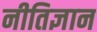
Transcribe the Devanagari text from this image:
नीतिज्ञान